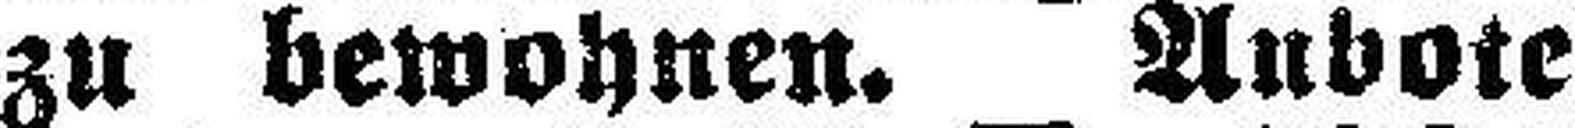
zu bewohnen. Anbote